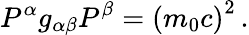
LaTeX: P^{\alpha}g_{\alpha\beta}P^{\beta}=\left(m_{0}c\right)^{2}\, .